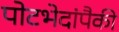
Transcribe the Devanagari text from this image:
पोटभेदांपैकी